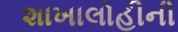
શાખાલોહીની